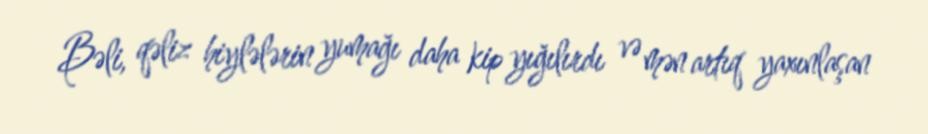
Bəli, qəliz hiylələrin yumağı daha kip yığılırdı və mən artıq yaxınlaşan